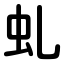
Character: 虬